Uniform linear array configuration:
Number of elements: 64
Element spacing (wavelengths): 0.5
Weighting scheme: hamming
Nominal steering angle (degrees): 60
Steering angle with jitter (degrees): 60.001
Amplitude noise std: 0.05
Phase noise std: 0.05

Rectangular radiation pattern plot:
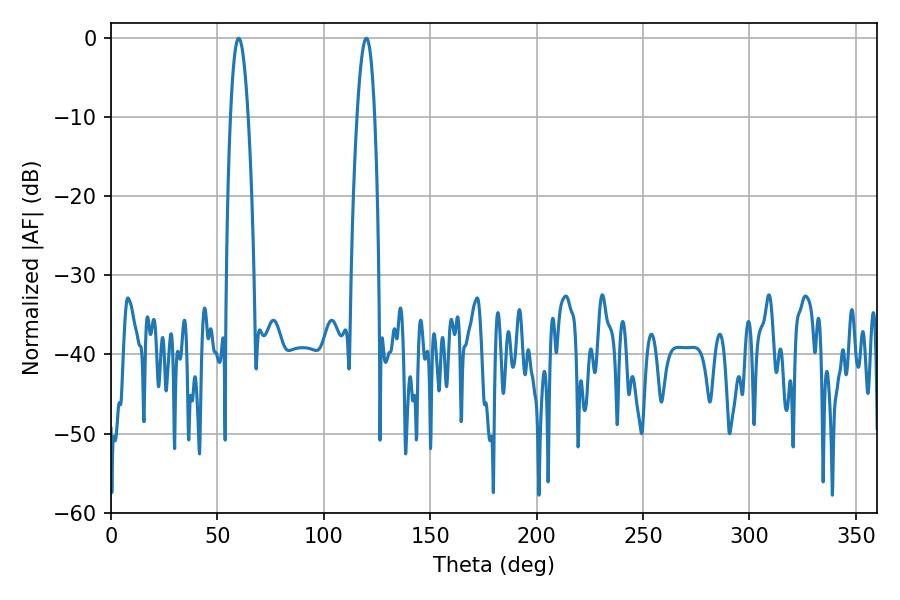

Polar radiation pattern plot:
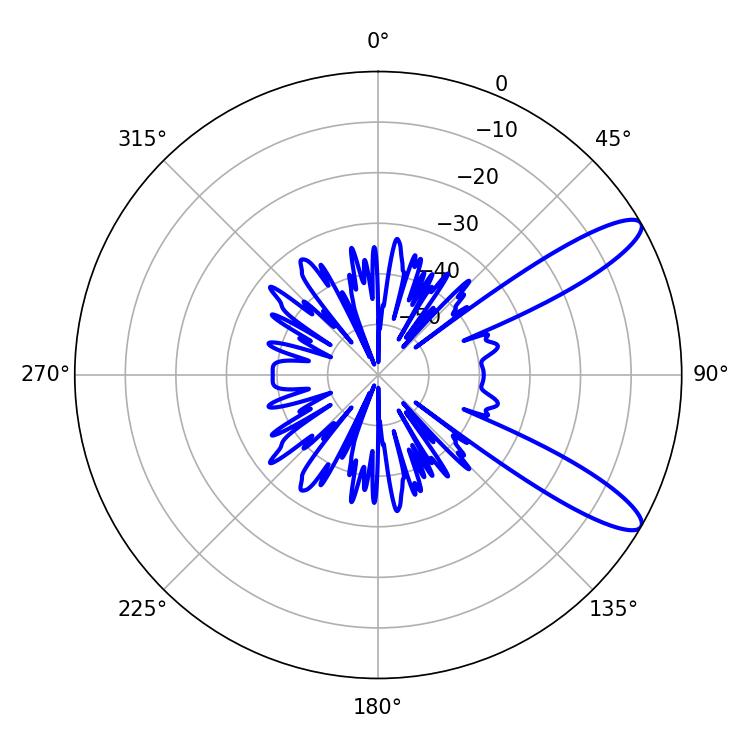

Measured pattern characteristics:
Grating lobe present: FALSE
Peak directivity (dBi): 11.253
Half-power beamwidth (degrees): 4.5
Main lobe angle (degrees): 59.94